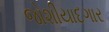
જોશીયાદગાર